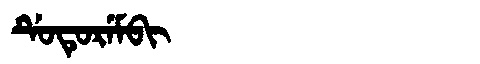
Manchu: ᡩᡠᡨᡠᡵᡝᠮᠪᡳ
Romanization: DUTUREMBI